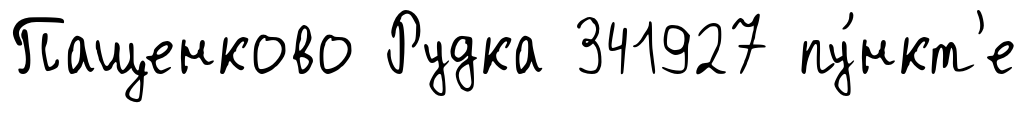
Пащенково Рудка 341927 пу́нкт'е